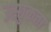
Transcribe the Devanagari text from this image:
उस्छुकत्ता